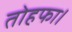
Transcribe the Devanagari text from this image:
तोहफा।